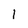
Character: 1